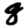
Digit: 8